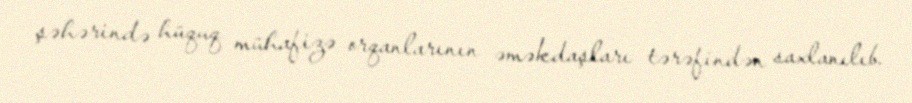
şəhərində hüquq mühafizə orqanlarının əməkdaşları tərəfindən saxlanılıb.